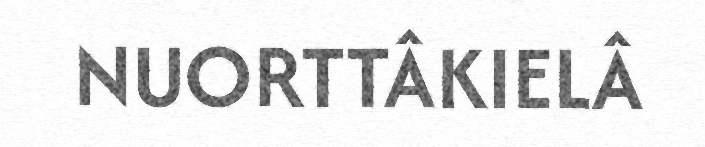
NUORTTÂKIELÂ